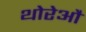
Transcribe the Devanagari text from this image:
थोरेऔ